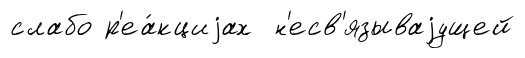
слабо р'еа́кциjах н'есв'язываjущей